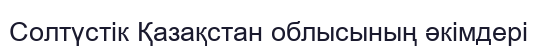
Солтүстік Қазақстан облысының әкімдері